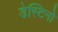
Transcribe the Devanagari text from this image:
डेस्टिनो